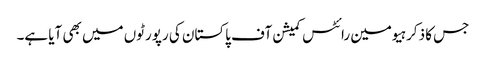
جس کا ذکر ہیومین رائٹس کمیشن آف پاکستان کی رپورٹوں میں بھی آیا ہے۔